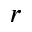
r